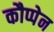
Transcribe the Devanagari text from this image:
कौप्पेन